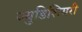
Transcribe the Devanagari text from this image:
ज्युडिशियरी